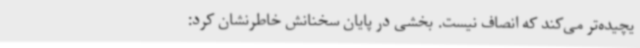
یچیده‌تر می‌کند که انصاف نیست. بخشی در پایان سخنانش خاطرنشان کرد: